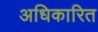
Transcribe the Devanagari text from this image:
अधिकारित